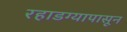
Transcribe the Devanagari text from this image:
रहाडग्यापासून